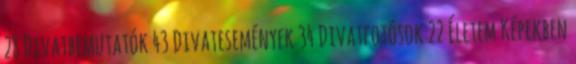
28 Divatbemutatók 43 Divatesemények 34 Divatfotósok 22 Életem Képekben